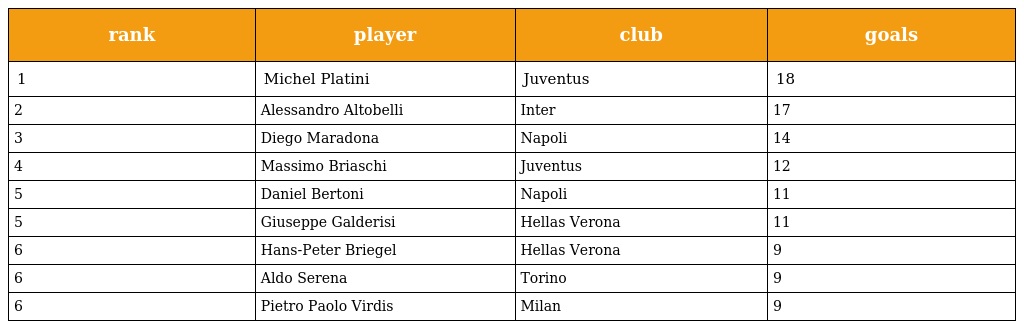
| rank | player | club | goals |
 | --- | --- | --- | --- |
 | 1 | Michel Platini | Juventus | 18 |
 | 2 | Alessandro Altobelli | Inter | 17 |
 | 3 | Diego Maradona | Napoli | 14 |
 | 4 | Massimo Briaschi | Juventus | 12 |
 | 5 | Daniel Bertoni | Napoli | 11 |
 | 5 | Giuseppe Galderisi | Hellas Verona | 11 |
 | 6 | Hans-Peter Briegel | Hellas Verona | 9 |
 | 6 | Aldo Serena | Torino | 9 |
 | 6 | Pietro Paolo Virdis | Milan | 9 |